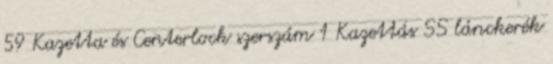
59 Kazetta és Centerlock szerszám 1 Kazettás SS lánckerék